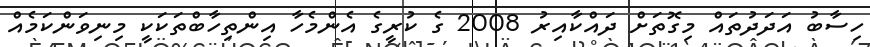
ހިސާބު އަދަދުތައް މިގޮތަށް ދައްކާއިރު 2008 ގެ ކުރީގެ އެންމެހާ އިންތިހާބްތަކަކީ މިނިވަންކަމެއް